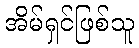
အိမ်ရှင်ဖြစ်သူ